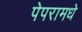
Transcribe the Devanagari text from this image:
पेपरामधे